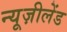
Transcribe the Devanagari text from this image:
न्यूज़ीलेंड